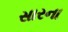
સારના